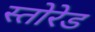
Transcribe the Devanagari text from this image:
स्तोरेड